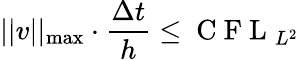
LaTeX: ||v||_{\operatorname*{max}}\cdot\frac{\Delta t}{h}\le\mathrm{~C~F~L~}_{L^{2}}